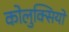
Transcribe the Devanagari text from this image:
कोलुक्सियो